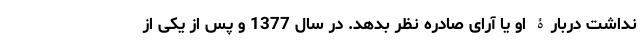
نداشت دربارۀ او یا آرای صادره نظر بدهد. در سال 1377 و پس از یکی از